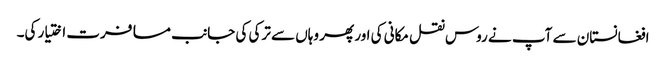
افغانستان سے آپ نے روس نقل مکانی کی اور پھر وہاں سے ترکی کی جانب مسافرت اختیار کی۔